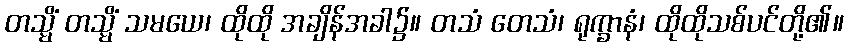
တသ္မိံ တသ္မိံ သမယေ၊ ထိုထို အချိန်အခါ၌။ တသံ တေသံ၊ ရုက္ခာနံ၊ ထိုထိုသစ်ပင်တို့၏။